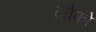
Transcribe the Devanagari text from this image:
लोफो